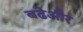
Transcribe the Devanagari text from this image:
बढेऔर